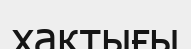
хақтығы